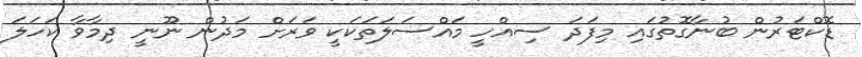
ޑޮކްޓަރުން ބުނާގޮތުގައި މިފަދަ ސިއްހީ މައްސަލަތަކަކީ ވަރަށް މަދުން ނޫނީ ދިމާވާ ކަހަލަ